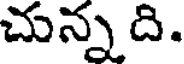
చున్న ది.